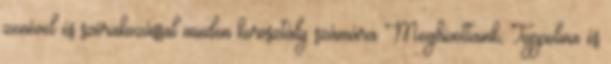
zenével és szórakozással minden korosztály számára Meghívottaink, Toppolina és